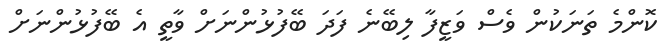
ކޮންމެ ތަނަކުން ވެސް ވަޒީފާ ލިބޭނެ ފަދަ ބޭފުޅުންނަށް ވާތީ އެ ބޭފުޅުންނަށް